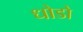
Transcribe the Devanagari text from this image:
धोडो